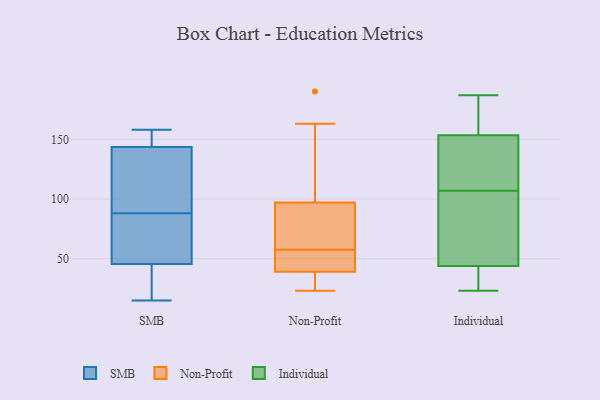
{"axis": {"x": "Energy Usage (MWh)", "y": "Value"}, "legend": ["Individual", "Non-Profit", "SMB"], "data": [{"x": "", "y": 142, "type": "SMB"}, {"x": "", "y": 133, "type": "SMB"}, {"x": "", "y": 85, "type": "SMB"}, {"x": "", "y": 91, "type": "SMB"}, {"x": "", "y": 158, "type": "SMB"}, {"x": "", "y": 148, "type": "SMB"}, {"x": "", "y": 21, "type": "SMB"}, {"x": "", "y": 15, "type": "SMB"}, {"x": "", "y": 47, "type": "SMB"}, {"x": "", "y": 88, "type": "SMB"}, {"x": "", "y": 41, "type": "SMB"}, {"x": "", "y": 73, "type": "SMB"}, {"x": "", "y": 154, "type": "SMB"}, {"x": "", "y": 37, "type": "Non-Profit"}, {"x": "", "y": 23, "type": "Non-Profit"}, {"x": "", "y": 91, "type": "Non-Profit"}, {"x": "", "y": 54, "type": "Non-Profit"}, {"x": "", "y": 51, "type": "Non-Profit"}, {"x": "", "y": 25, "type": "Non-Profit"}, {"x": "", "y": 163, "type": "Non-Profit"}, {"x": "", "y": 87, "type": "Non-Profit"}, {"x": "", "y": 61, "type": "Non-Profit"}, {"x": "", "y": 41, "type": "Non-Profit"}, {"x": "", "y": 103, "type": "Non-Profit"}, {"x": "", "y": 190, "type": "Non-Profit"}, {"x": "", "y": 153, "type": "Individual"}, {"x": "", "y": 187, "type": "Individual"}, {"x": "", "y": 23, "type": "Individual"}, {"x": "", "y": 95, "type": "Individual"}, {"x": "", "y": 149, "type": "Individual"}, {"x": "", "y": 44, "type": "Individual"}, {"x": "", "y": 155, "type": "Individual"}, {"x": "", "y": 43, "type": "Individual"}, {"x": "", "y": 40, "type": "Individual"}, {"x": "", "y": 104, "type": "Individual"}, {"x": "", "y": 141, "type": "Individual"}, {"x": "", "y": 172, "type": "Individual"}, {"x": "", "y": 185, "type": "Individual"}, {"x": "", "y": 34, "type": "Individual"}, {"x": "", "y": 148, "type": "Individual"}, {"x": "", "y": 107, "type": "Individual"}, {"x": "", "y": 93, "type": "Individual"}]}